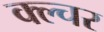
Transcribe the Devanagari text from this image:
क्ल्चर